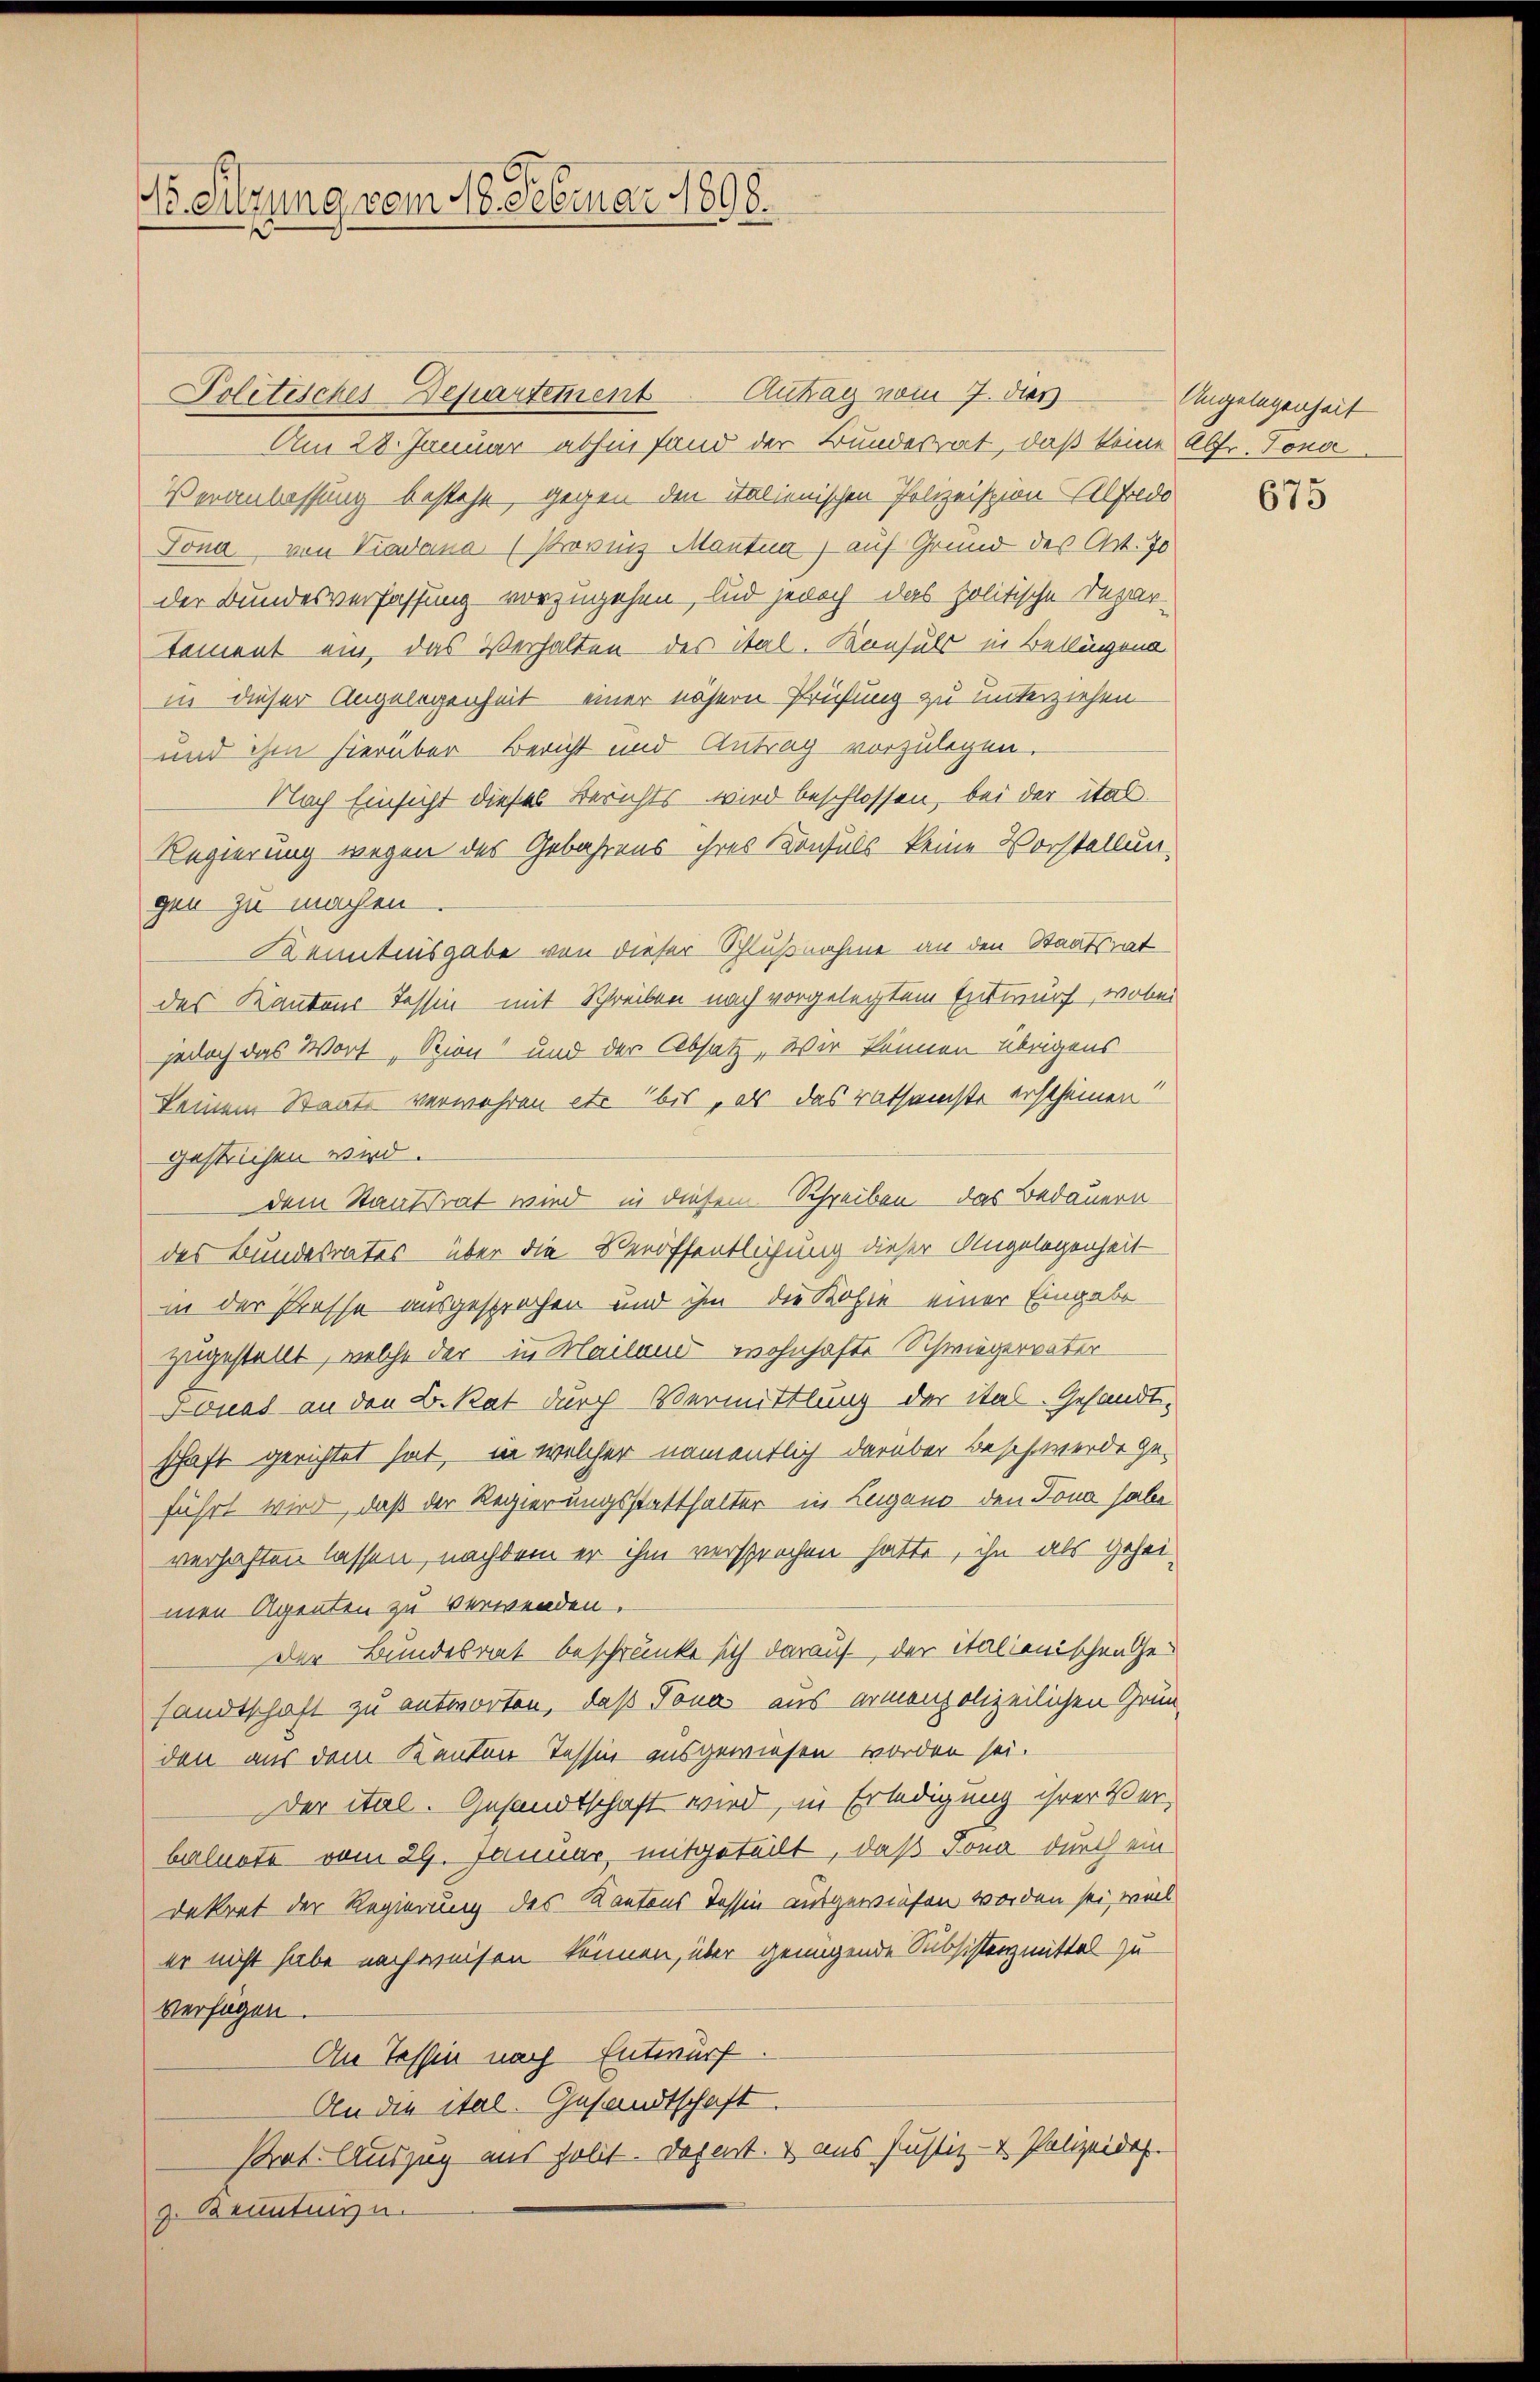
Vo. Sitzung vom 18. Februar 1898.

Politisches-Departement Antrag vom 7. dies Angelegenheit
Am 28. Januar abhin fand der Bundesrat, daß keine Alfr. Tonoc
Veranlassung bestehe, gegen den Italienischen Polizeission Feldo
Tona von Viadana (Provinz Mantia, auf Grund des Art. 30
der Bundesverfassung vorzugehen, und jedoch das politische Depar-
tement ein, das Verhalten des Stal. Konsuls in Belligend
in dieser Angelegenheit einer nähern Prüfung zu unterziehen
und ihm hierüber Bericht und Antrag vorzulegen.
Nach Einsicht dieses Berichts wird beschlossen, bei der ital-
Regierung wegen des Gebahrens ihres Konsuls keine Vorstellungen zu machen
Kenntnisgabe von dieser Schlußnahme an den Staatsrat
des Kantons Tessin mit Schreiben nach vorgelegtem Entwurf, wobei
jedoch das Wort „Spion“ und der Absatz, Wir können übrigens
keinem Staats verwahren etc bis, als das ratsamste erscheinen
gestrichen wird.
dem Staatsrat wird in diesem Schreiben das Bedauern
der Bundesrates über die Veröffentlichung dieser Angelegenheit-
in der Presse ausgesprochen und ihm die Kohin einer Eingabe
zugestellt, welche der in Mailand wohnhafte Schwiegervater
Jonas an den B. Rat durch Vermittlung der ital. Gesandtschaft gerichtet hat, in welcher namentlich darüber beschwerde geführt wird, daß der Regierungsstatthalter in Leigano den Tona habe
verhaften lassen, nachdem er ihm versprochen hatte, ihn als Geheimen Agenten zu verwenden.
Der Bundesrat beschränke sich darauf, der italienischen Gesandtschaft zu antworten, daß Tona aus armenpolizeilichen Grün-
den aus dem Kanton Tessin ausgewiesen worden sei.
Der ital. Gesandtschaft wird, in Erledigung ihrer Ver-
balnote vom 29. Januar mitgeteilt, daß Jona durch ein
dekret der Regierung des Kantons Tessin ausgewiesen worden sei, weil
er nicht habe nachweisen können, über genügende Subsistenzmittel zu
Verfügen.
An Tessin nach Entwurf
An die ital. Gesandtschaft.
Prat. Auszug aus polit. Depart & aus Justiz- & Polizeides.
3. Benntnisse.

675